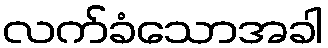
လက်ခံသောအခါ